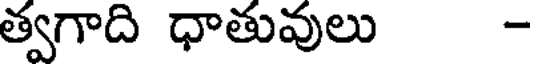
త్వగాది ధాతువులు -